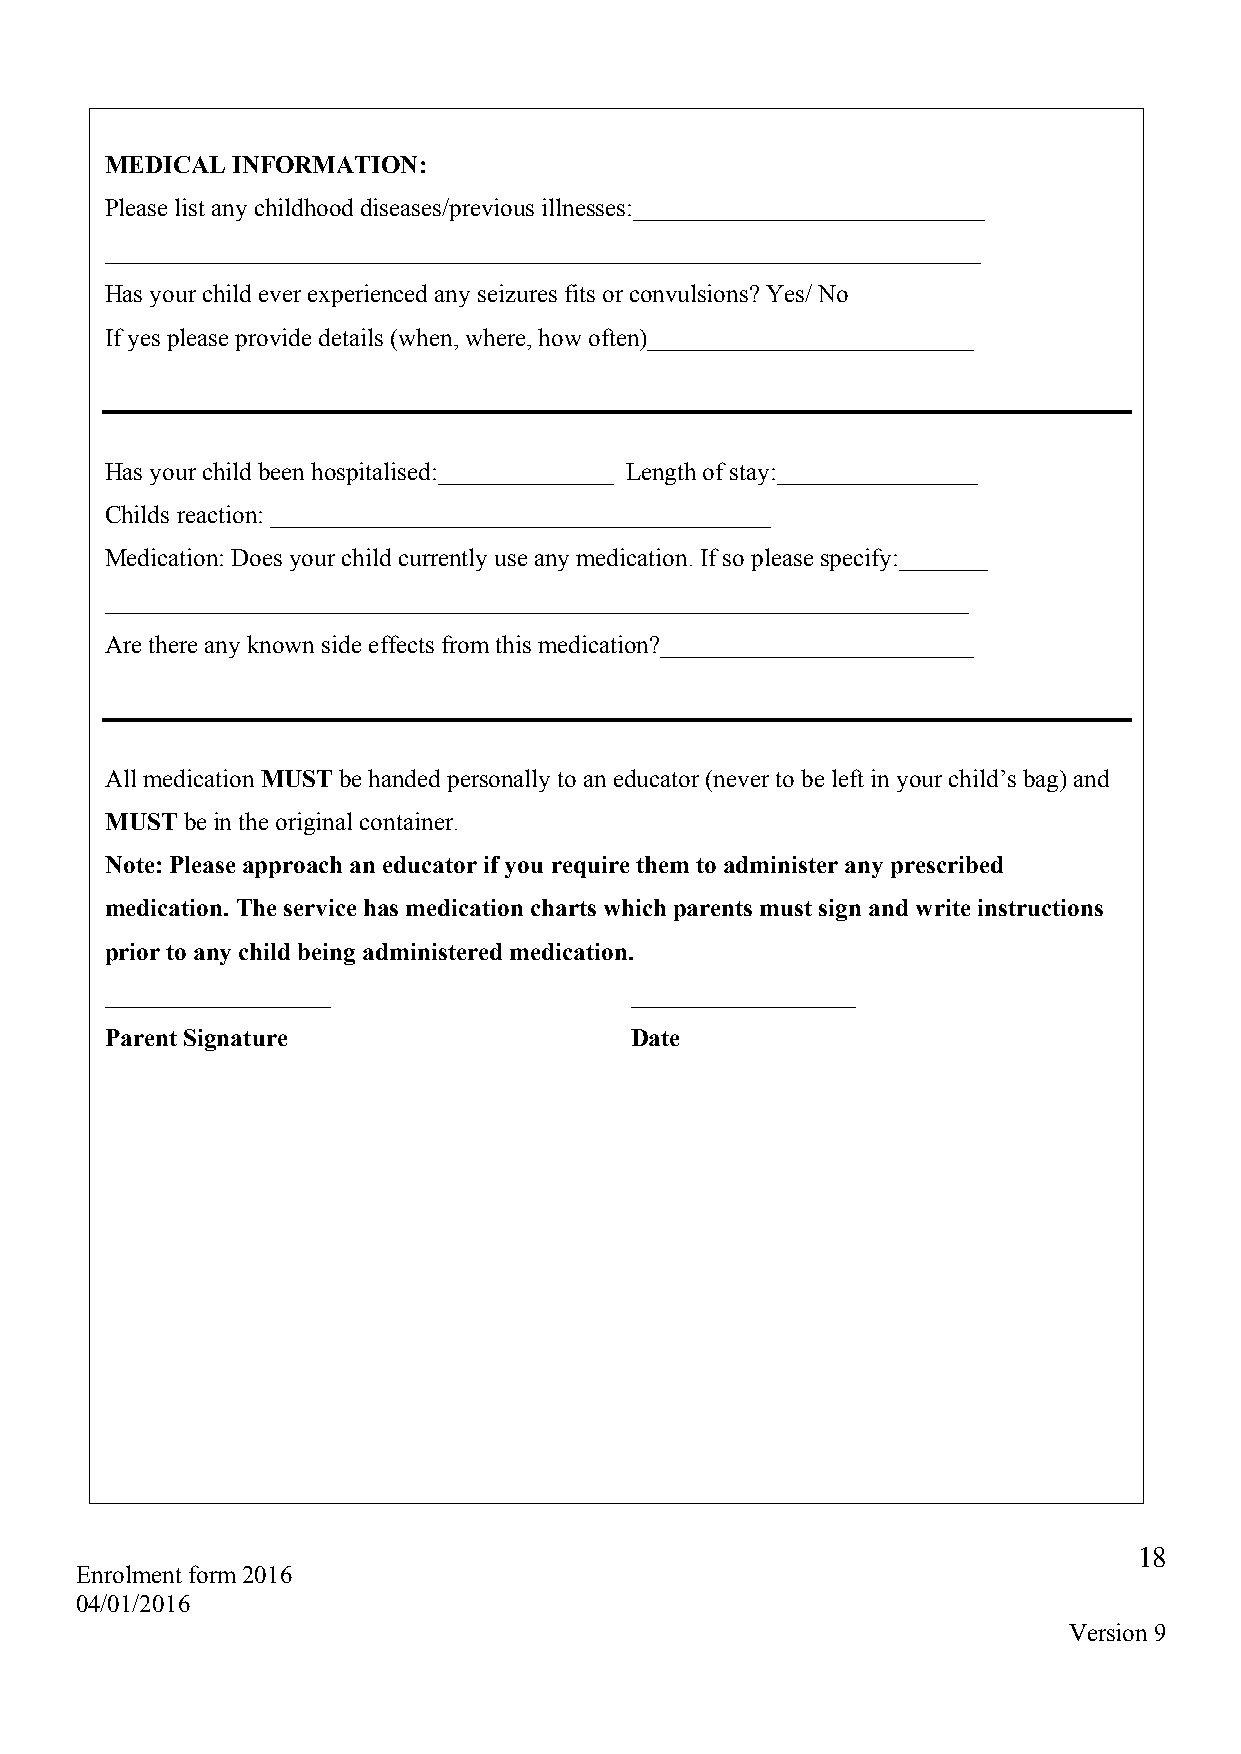
MEDICAL INFORMATION:
 Please list any childhood diseases/previous illnesses:____________________________
 ______________________________________________________________________
 Has your child ever experienced any seizures fits or convulsions? Yes/ No
 If yes please provide details (when, where, how often)__________________________
 Has your child been hospitalised:______________ Length of stay:________________
 Childs reaction: ________________________________________
 Medication: Does your child currently use any medication. If so please specify:_______
 _____________________________________________________________________
 Are there any known side effects from this medication?_________________________
 All medication MUST be handed personally to an educator (never to be left in your child’s bag) and
 MUST be in the original container.
 Note: Please approach an educator if you require them to administer any prescribed
 medication. The service has medication charts which parents must sign and write instructions
 prior to any child being administered medication.
 __________________                 __________________
 Parent Signature                   Date
 18
 Enrolment form 2016
 04/01/2016
 Version 9